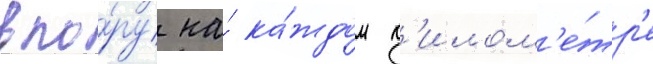
впо́ру на́ ка́ждом к'илом'е́тр'е